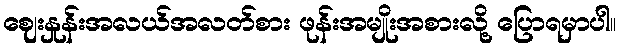
ဈေးနှုန်းအလယ်အလတ်စား ဖုန်းအမျိုးအစားလို့ ပြောရမှာပါ။